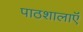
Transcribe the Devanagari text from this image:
पाठशालाऍं